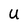
Character: U